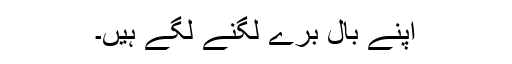
اپنے بال برے لگنے لگے ہیں۔